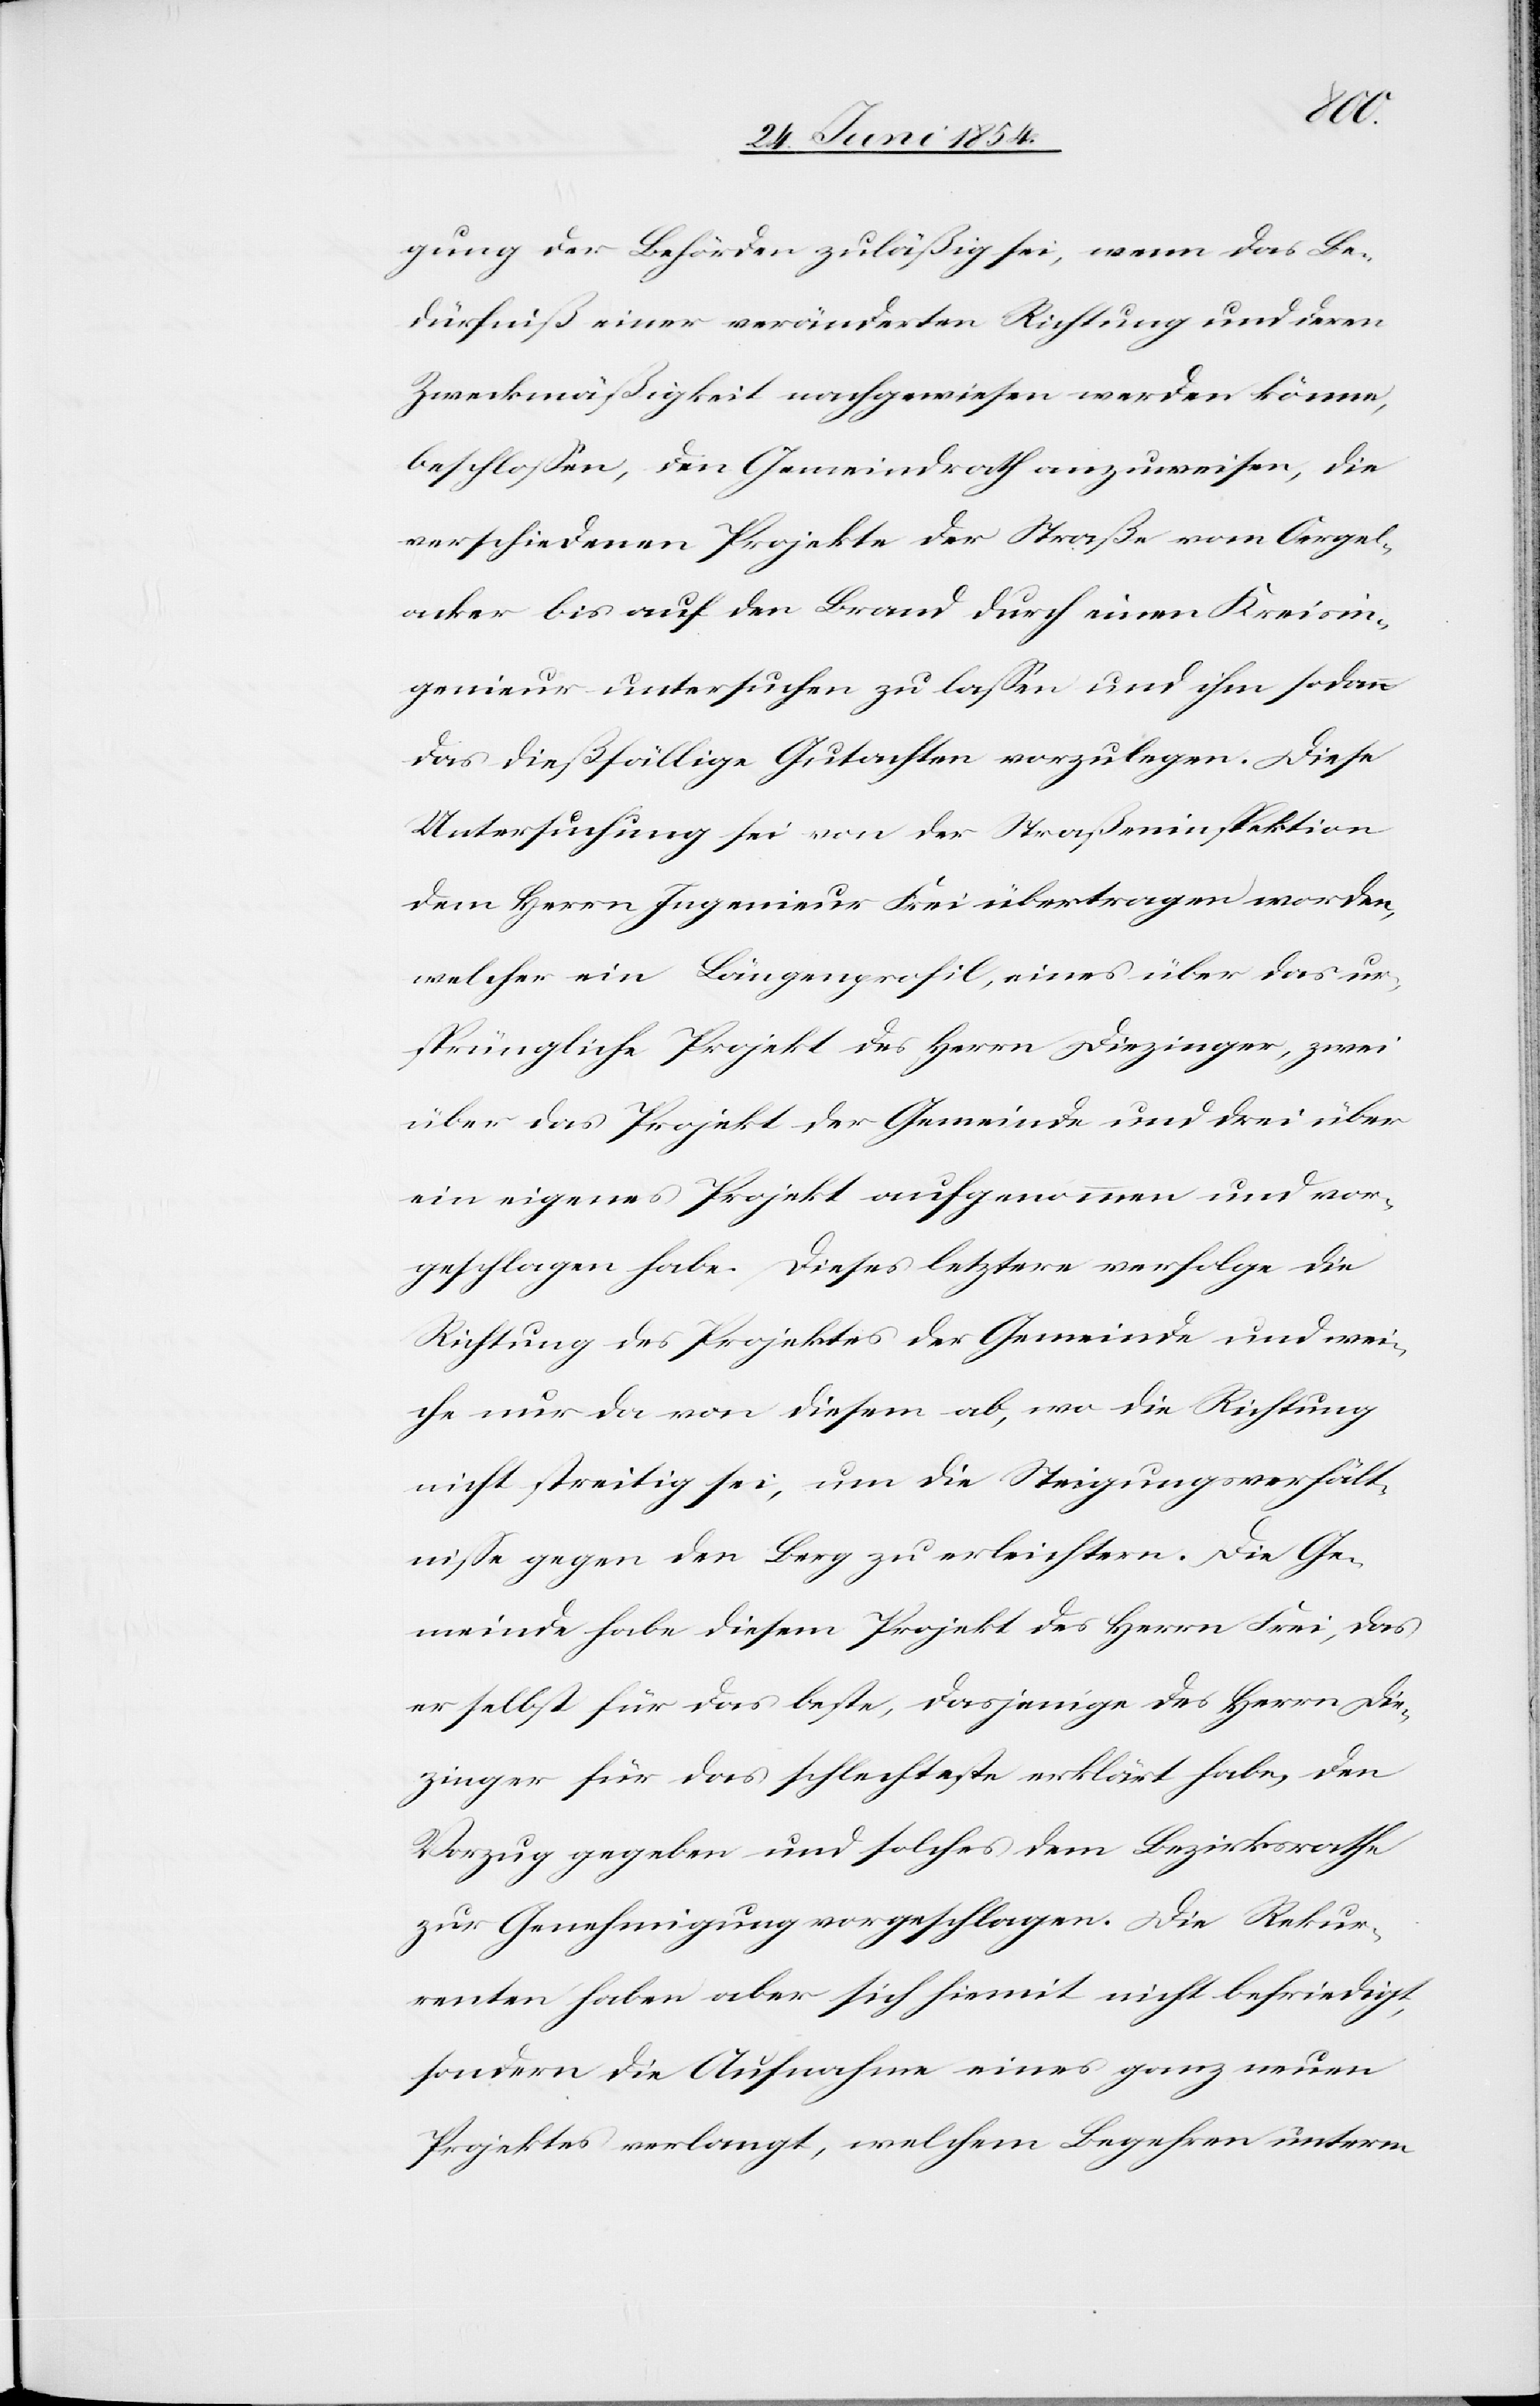
gung der Behörden zuläßig sei, wenn das Be¬
dürfniß einer veränderten Richtung und deren
Zweckmäßigkeit nachgewiesen werden könne,
beschloßen, den Gemeindrath anzuweisen, die
verschiedene Projekte der Straße vom Oergel¬
acker bis auf den Brand durch eine Kreisin¬
genieur untersuchen zu laßen und ihm sodann
das dießfällige Gutachten vorzulegen. Diese
Untersuchung sei von der Straßeninspektion
dem Herrn Ingenieur Frei übertragen worden,
welcher ein Längenprofil, eines über das ur¬
sprüngliche Projekt des Herrn Diezinger, zwei
über das Projekt der Gemeinde und drei über
ein eigenes Projekt aufgenommen und vor¬
geschlagen habe. Diese letzter verfolge die
Richtung des Projektes der Gemeinde und wei¬
che nur da von diesem ab, wo die Richtung
nicht streitig sei, um die Steigungsverhält¬
niße gegen den Berg zu erleichtern. Die Ge¬
meinde habe diesem Projekt des Herrn Frei, das
er selbst für das beste, dasjenige des Herrn Die¬
zinger für das schlechteste erklärt habe, den
Vorzug gegeben und solches dem Bezirksrathes
zur Genehmigung vorgeschlagen. Die Rekur¬
renten haben aber sich hiemit nicht befriedigt,
sondern die Aufnahme eines ganz neuen
Projektes verlangt, welchem Begehren unterm